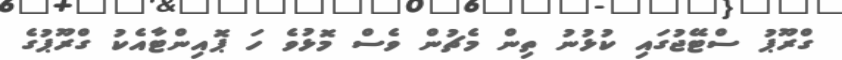
ގްރޫޕު ސްޓޭޖުގައި ކުޅުނު ތިން މެޗުން ވެސް މޮޅުވެ ހަ ޕޮއިންޓާއެކު ގްރޫޕުގެ